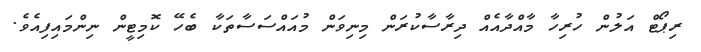
ރިޕޯޓް އަލުން ހުރިހާ މާއްދާއެއް ދިރާސާކުރަން މިނިވަން މުއައްސަސާތަކާ ބެހޭ ކޮމިޓީން ނިންމައިފިއެވެ.